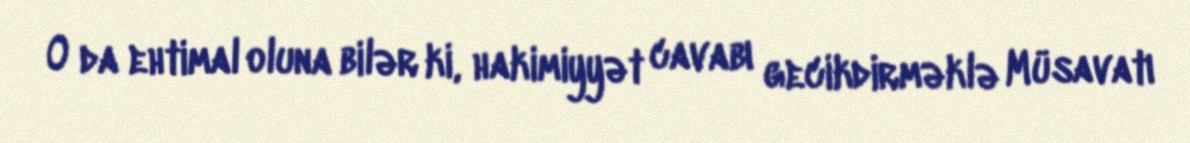
O da ehtimal oluna bilər ki, hakimiyyət cavabı gecikdirməklə Müsavatı